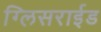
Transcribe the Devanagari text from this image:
ग्लिसराईड